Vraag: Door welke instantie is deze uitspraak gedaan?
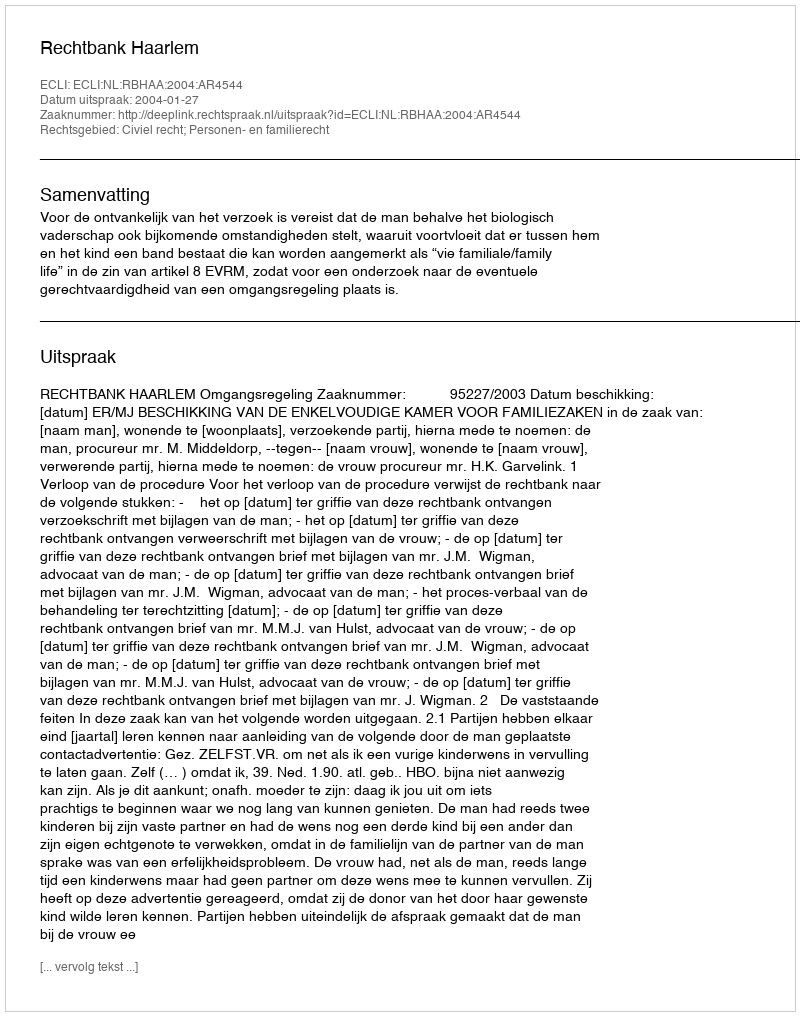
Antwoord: Rechtbank Haarlem